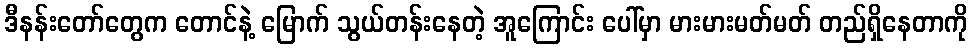
ဒီနန်းတော်တွေက တောင်နဲ့ မြောက် သွယ်တန်းနေတဲ့ အူကြောင်း ပေါ်မှာ မားမားမတ်မတ် တည်ရှိနေတာကို